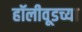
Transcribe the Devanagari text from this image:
हॉलीवूडच्या